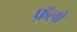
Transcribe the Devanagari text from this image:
फ़ॅलो